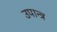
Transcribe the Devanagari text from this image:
उपान्त्र